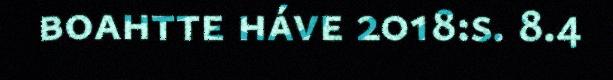
boahtte háve 2018:s. 8.4